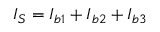
\boldsymbol { I } _ { S } = \boldsymbol { I } _ { b 1 } + \boldsymbol { I } _ { b 2 } + \boldsymbol { I } _ { b 3 }